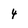
Character: 4